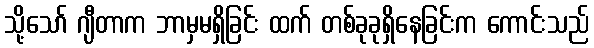
သို့သော် ဂျီတာက ဘာမှမရှိခြင်း ထက် တစ်ခုခုရှိနေခြင်းက ကောင်းသည်